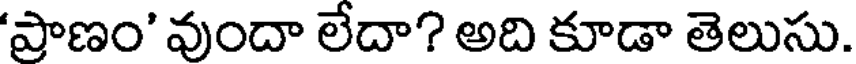
'ప్రాణం' వుందా లేదా? అది కూడా తెలుసు.